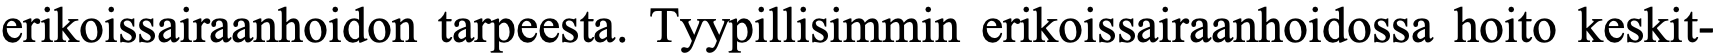
erikoissairaanhoidon tarpeesta. Tyypillisimmin erikoissairaanhoidossa hoito keskit-